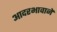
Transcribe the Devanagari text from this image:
आदरभावाने